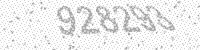
Solution: 928293